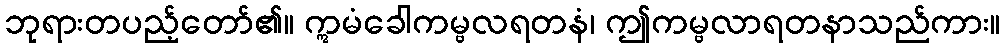
ဘုရားတပည့်တော်၏။ ဣမံခေါကမ္ဗလရတနံ၊ ဤကမ္ဗလာရတနာသည်ကား။